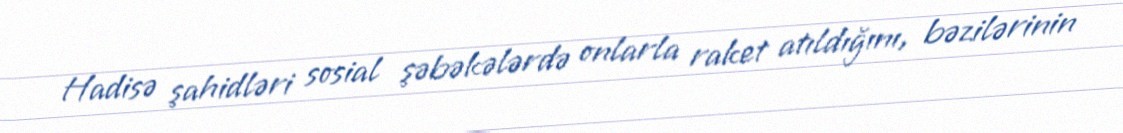
Hadisə şahidləri sosial şəbəkələrdə onlarla raket atıldığını, bəzilərinin